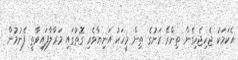
އެކަމަކު ޖެހިޖެހިގެން ތިންރޭ ރަށުގެ ތިން މީހަކު އަނިޔާވެރި ގޮތުގައި މަރާލާފައިވާތީ ފެނުމުން